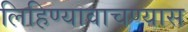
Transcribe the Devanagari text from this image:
लिहिण्यावाचण्यास